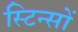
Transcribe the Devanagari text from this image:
स्टिन्सों